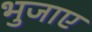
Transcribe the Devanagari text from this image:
भुजाए